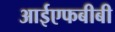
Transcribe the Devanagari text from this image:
आईएफबीबी